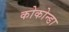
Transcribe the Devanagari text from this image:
कोकोन्डा